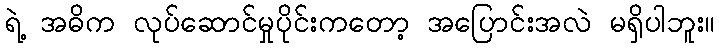
ရဲ့ အဓိက လုပ်ဆောင်မှုပိုင်းကတော့ အပြောင်းအလဲ မရှိပါဘူး။